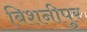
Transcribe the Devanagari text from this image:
बिशनीपुर